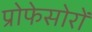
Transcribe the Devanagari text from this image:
प्रोफेसोरों